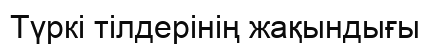
Түркі тілдерінің жақындығы